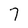
Character: 7